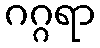
ဂဂ္ဂရာ